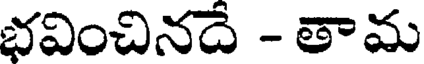
భవించినదే - తామ